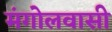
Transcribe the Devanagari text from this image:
मंगोलवासी